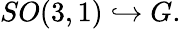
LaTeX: SO(3,1)\hookrightarrow G.